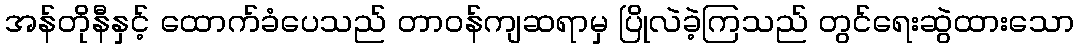
အန်တိုနီနှင့် ထောက်ခံပေသည် တာဝန်ကျဆရာမှ ပြိုလဲခဲ့ကြသည် တွင်ရေးဆွဲထားသော